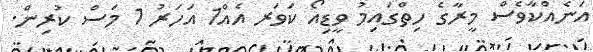
އަނެއްކާވެސް މީރާގެ ހިތްގައިމު ވީޑިއޯ ކަވަރ އެއް1 އަހަރު 1 މަސް ކުރިން.